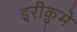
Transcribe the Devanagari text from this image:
इरीकुमे